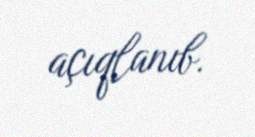
açıqlanıb.